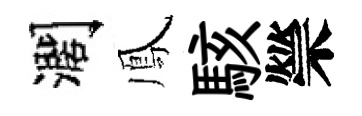
濶鳳駭禜